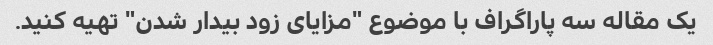
یک مقاله سه پاراگراف با موضوع "مزایای زود بیدار شدن" تهیه کنید.